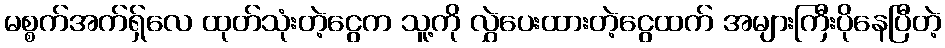
မစ္စက်အက်ရှ်လေ ထုတ်သုံးတဲ့ငွေက သူ့ကို လွှဲပေးထားတဲ့ငွေထက် အများကြီးပိုနေပြီတဲ့